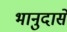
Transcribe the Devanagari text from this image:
भानुदासें